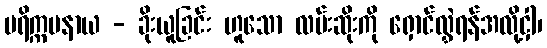
ပရိက္ကမနာယ - ခိုးယူခြင်း ဟူသော လမ်းဆိုးကို ရှောင်လွှဲရန်အလို့ငှါ၊